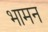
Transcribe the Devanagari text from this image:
भामन